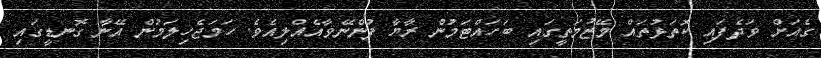
ގެއަށް ވަދެފައި ކޮތަޅުތައް މޭޒުމަތީގައި ބަހައްޓަމުން ރާޔާ ފުންނޭވާއެއްލިއެވެ. ހަމަޖެހިލަމުން އޭނާ ގޮނޑީގައި